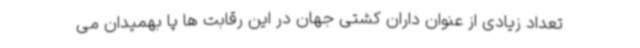
تعداد زیادی از عنوان داران کشتی جهان در این رقابت ها پا بهمیدان می